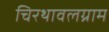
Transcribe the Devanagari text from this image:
चिरथावलग्राम